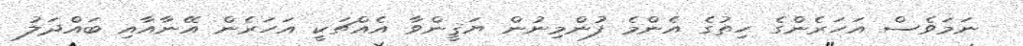
ނަމަވެސް އަހަރެންގެ ހިތުގެ އެންމެ ފުންމިނުން ޔަޤީންވާ އެއްޗަކީ އަހަރެން އޭނާއާއި ބައްދަލު